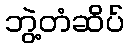
ဘွဲ့တံဆိပ်